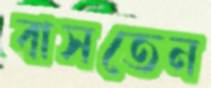
বাসতেন